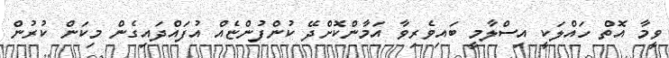
ވީމާ އޮތް ހައްލަކީ އިސްލާމީ ބައިވެރިވާ އަމާންކޮށްދޭ ކުންފުންޏެއް އުފައްދައިގެން މިކަން ކުރުން